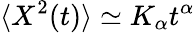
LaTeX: \langle X^{2}(t)\rangle\simeq K_{\alpha}t^{\alpha}